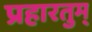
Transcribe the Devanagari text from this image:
प्रहारतुम्